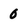
Character: 0